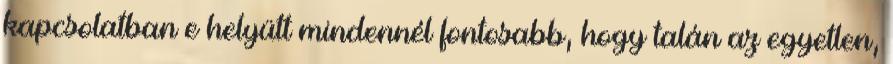
kapcsolatban e helyütt mindennél fontosabb, hogy talán az egyetlen,